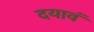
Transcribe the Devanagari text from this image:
दयावं